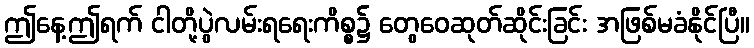
ဤနေ့ဤရက် ငါတို့ပွဲလမ်းရရေးကိစ္စ၌ တွေဝေဆုတ်ဆိုင်းခြင်း အဖြစ်မခံနိုင်ပြီ။